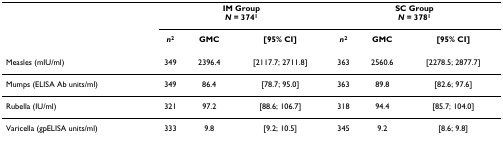
|  | <COLSPAN=3> IM GroupN = 3741 | <COLSPAN=3> SC GroupN = 3781 |
 |  | n2 | GMC | [95% CI] | n2 | GMC | [95% CI] |
 | --- | --- | --- | --- | --- | --- | --- |
 | Measles (mIU/ml) | 349 | 2396.4 | [2117.7; 2711.8] | 363 | 2560.6 | [2278.5; 2877.7] |
 | Mumps (ELISA Ab units/ml) | 349 | 86.4 | [78.7; 95.0] | 363 | 89.8 | [82.6; 97.6] |
 | Rubella (IU/ml) | 321 | 97.2 | [88.6; 106.7] | 318 | 94.4 | [85.7; 104.0] |
 | Varicella (gpELISA units/ml) | 333 | 9.8 | [9.2; 10.5] | 345 | 9.2 | [8.6; 9.8] |